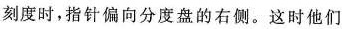
刻度时，指针偏向分度盘的右侧。这时他们